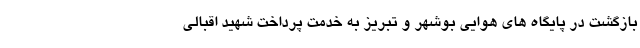
بازگشت در پايگاه هاي هوايي بوشهر و تبريز به خدمت پرداخت شهيد اقبالي